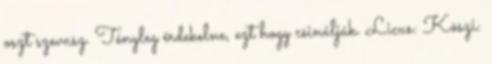
oszt szevasz. Tényleg érdekelne, ezt hogy csinálják. Licus: Köszi: